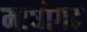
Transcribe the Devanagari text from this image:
माधोगढ